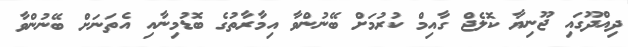
ދިއްދޫގައި ޖޫނިޔާ ކޮލެޖް ގާއިމް ކުރުމަށް ބޭނުންވާ އިމާރާތުގެ ބޮޑުމިނާއި އެތަނަށް ބޭނުންވާ